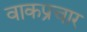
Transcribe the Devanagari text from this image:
वाकप्रचार